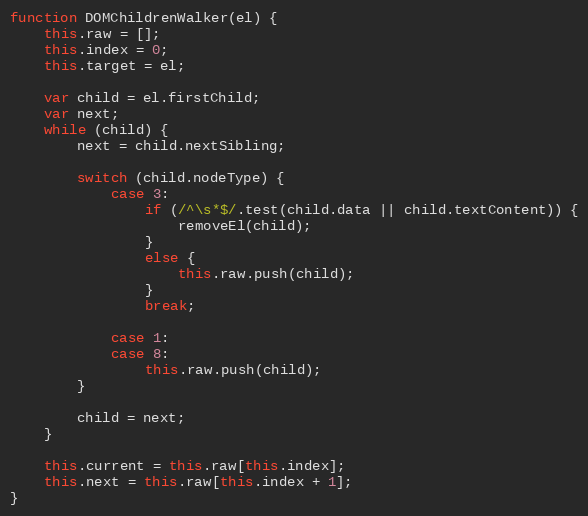
Language: JavaScript
function DOMChildrenWalker(el) {
    this.raw = [];
    this.index = 0;
    this.target = el;

    var child = el.firstChild;
    var next;
    while (child) {
        next = child.nextSibling;

        switch (child.nodeType) {
            case 3:
                if (/^\s*$/.test(child.data || child.textContent)) {
                    removeEl(child);
                }
                else {
                    this.raw.push(child);
                }
                break;

            case 1:
            case 8:
                this.raw.push(child);
        }

        child = next;
    }

    this.current = this.raw[this.index];
    this.next = this.raw[this.index + 1];
}